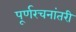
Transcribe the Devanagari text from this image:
पूर्णरचनांतरी